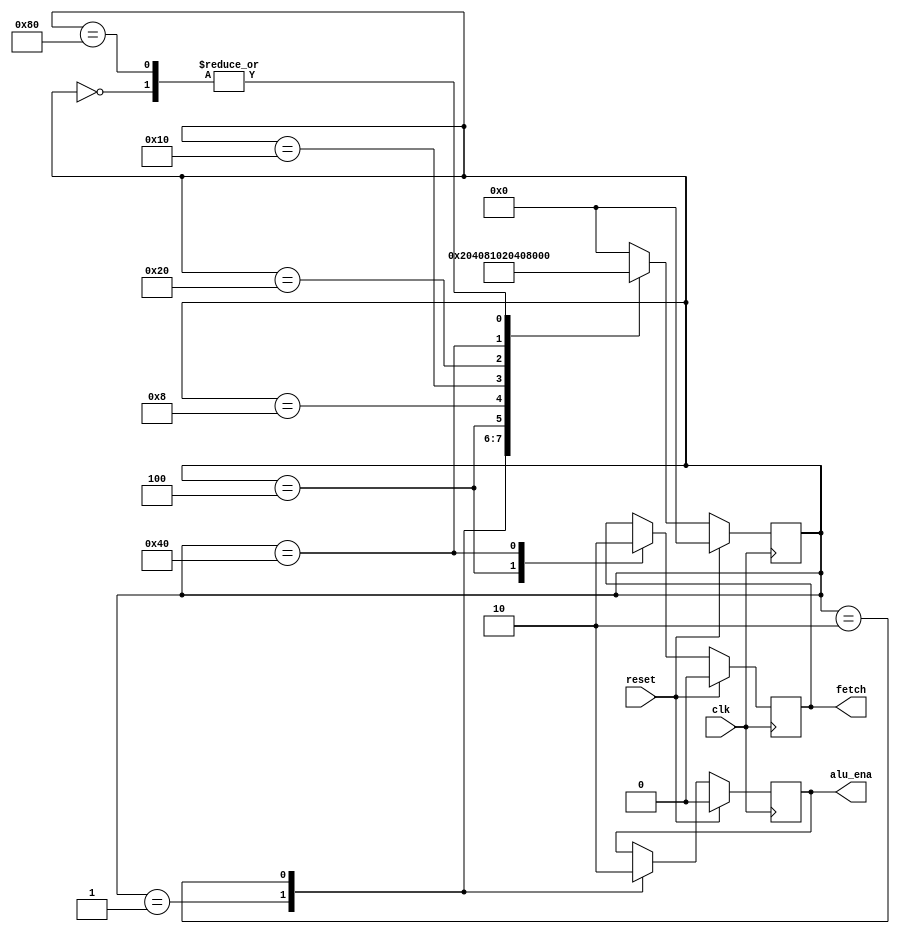
`timescale 1ns/1ns

module clk_gen (
    input       clk                  ,
    input       reset                ,
    output reg  fetch                ,
    output reg  alu_ena              //
);
    reg [7:0] state                  ;

    parameter S1 = 8'b00000001      ,
              S2 = 8'b00000010      ,
              S3 = 8'b00000100      ,
              S4 = 8'b00001000      ,
              S5 = 8'b00010000      ,
              S6 = 8'b00100000      ,
              S7 = 8'b01000000      ,
              S8 = 8'b10000000      ,
              IDLE = 8'b00000000    ;

    always @(posedge clk) begin
        if (reset) begin
            state <= IDLE           ;
            fetch <= 1'b0           ;
            alu_ena <= 1'b0         ;
        end else begin
            case (state)
                IDLE:
                    begin
                        state <= S1     ;
                    end
                S1:
                    begin
                        alu_ena <= 1'b1 ;
                        state   <= S2   ;
                    end 
                S2:
                    begin
                        alu_ena <= 1'b0 ;
                        state   <= S3   ;
                    end
                S3:
                    begin
                        fetch   <= 1'b1 ;
                        state   <= S4   ;
                    end
                S4:
                    begin
                        state   <= S5   ;
                    end
                S5:
                    begin
                        state   <= S6   ;
                    end
                S6:
                    begin
                        state   <= S7   ;
                    end
                S7:
                    begin
                        fetch   <= 1'b0 ;
                        state   <= S8   ;
                    end
                S8:
                    begin
                        state   <= S1   ;
                    end    
                default: state  <= IDLE ;
            endcase
        end
    end

endmodule